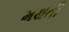
મથતી